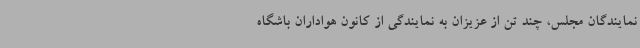
نمایندگان مجلس، چند تن از عزیزان به نمایندگی از کانون هواداران باشگاه